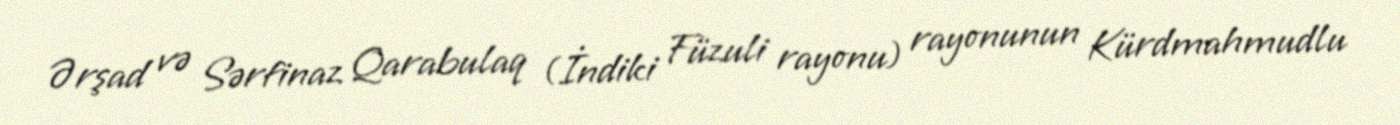
Ərşad və Sərfinaz Qarabulaq (İndiki Füzuli rayonu) rayonunun Kürdmahmudlu